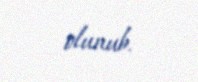
olunub.